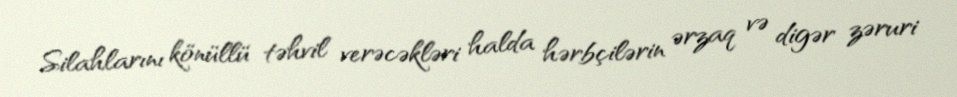
Silahlarını könüllü təhvil verəcəkləri halda hərbçilərin ərzaq və digər zəruri